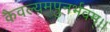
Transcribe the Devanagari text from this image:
कैवल्यमपुनर्भवम्‌।।